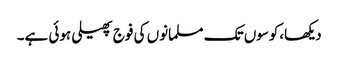
دیکھا،کوسوں تک مسلمانوں کی فوج پھیلی ہوئی ہے۔